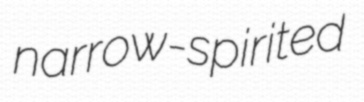
narrow-spirited